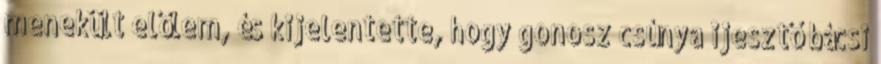
menekült előlem, és kijelentette, hogy gonosz csúnya ijesztő bácsi